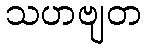
သဟဗျတ